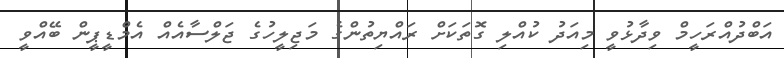
އަބްދުއްރަހީމް ވިދާޅުވީ މިއަދު ކުއްލި ގޮތަކަށް ރައްޔިތުންގެ މަޖިލީހުގެ ޖަލްސާއެއް އެމްޑީޕީން ބޭއްވީ